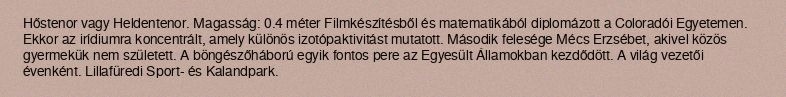
Hőstenor vagy Heldentenor. Magasság: 0.4 méter Filmkészítésből és matematikából diplomázott a Coloradói Egyetemen. Ekkor az irídiumra koncentrált, amely különös izotópaktivitást mutatott. Második felesége Mécs Erzsébet, akivel közös gyermekük nem született. A böngészőháború egyik fontos pere az Egyesült Államokban kezdődött. A világ vezetői évenként. Lillafüredi Sport- és Kalandpark.